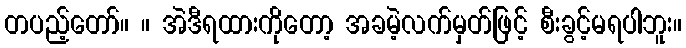
တပည့်တော်။ ။ အဲဒီရထားကိုတော့ အခမဲ့လက်မှတ်ဖြင့် စီးခွင့်မရပါဘူး။